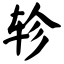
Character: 轸